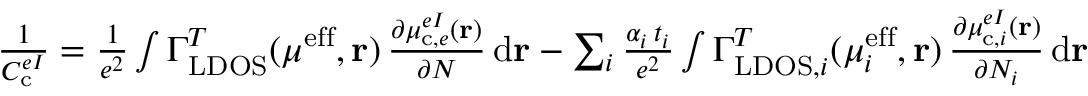
\begin{array} { r } { \frac { 1 } { C _ { \mathrm { c } } ^ { e I } } = \frac { 1 } { e ^ { 2 } } \int \Gamma _ { \mathrm { L D O S } } ^ { T } ( \mu ^ { \mathrm { e f f } } , \mathbf { r } ) \, \frac { \partial \mu _ { \mathrm { c } , e } ^ { e I } ( \mathbf { r } ) } { \partial N } \, \mathrm { d } \mathbf { r } - \sum _ { i } \frac { \alpha _ { i } \, t _ { i } } { e ^ { 2 } } \int \Gamma _ { \mathrm { L D O S } , i } ^ { T } ( \mu _ { i } ^ { \mathrm { e f f } } , \mathbf { r } ) \, \frac { \partial \mu _ { \mathrm { c } , i } ^ { e I } ( \mathbf { r } ) } { \partial N _ { i } } \, \mathrm { d } \mathbf { r } } \end{array}